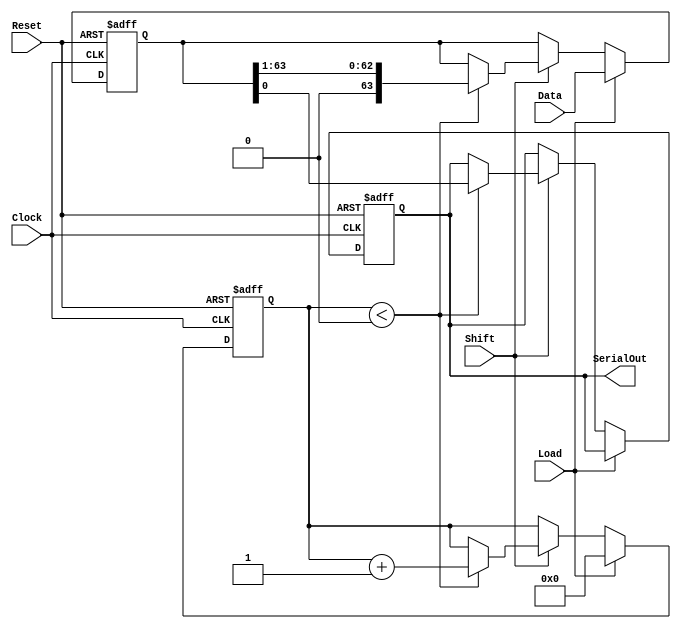
module PISO_Register (
    input wire [63:0] Data,    // 64-bit parallel input data
    input wire Load,           // Load control signal
    input wire Shift,          // Shift control signal
    input wire Clock,          // Clock signal
    input wire Reset,          // Asynchronous reset signal
    output reg SerialOut       // Serial output
);

    reg [63:0] shift_reg;      // 64-bit shift register
    reg [5:0] shift_count;      // Counter for the number of shifts

    always @(posedge Clock or posedge Reset) begin
        if (Reset) begin
            // Reset the shift register and output
            shift_reg <= 64'b0;
            SerialOut <= 1'b0;
            shift_count <= 6'b0;   // Reset shift count
        end else begin
            if (Load) begin
                // Load data into shift register
                shift_reg <= Data;
                shift_count <= 6'd0; // Reset shift count when loading
            end else if (Shift) begin
                // Shift operation
                if (shift_count < 6'd64) begin
                    SerialOut <= shift_reg[0]; // Output LSB
                    shift_reg <= {1'b0, shift_reg[63:1]}; // Shift left
                    shift_count <= shift_count + 6'd1; // Increment shift count
                end
            end
        end
    end

endmodule